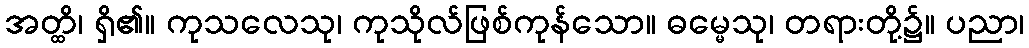
အတ္ထိ၊ ရှိ၏။ ကုသလေသု၊ ကုသိုလ်ဖြစ်ကုန်သော။ ဓမ္မေသု၊ တရားတို့၌။ ပညာ၊